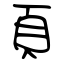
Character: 頁